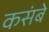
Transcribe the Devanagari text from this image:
कसंबे